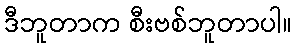
ဒီဘူတာက စီးဗစ်ဘူတာပါ။